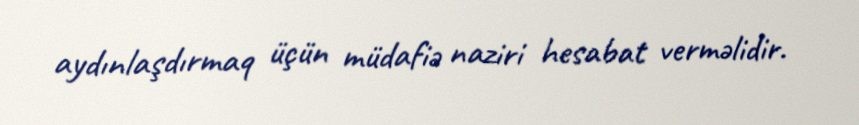
aydınlaşdırmaq üçün müdafiə naziri hesabat verməlidir.